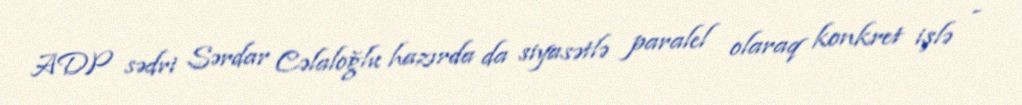
ADP sədri Sərdar Cəlaloğlu hazırda da siyasətlə paralel olaraq konkret işlə -